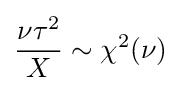
{\frac {\nu \tau ^{2}}{X}}\sim \chi ^{2}(\nu )